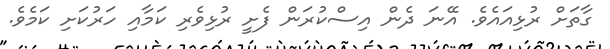
ގާތަށް ރުޅިއައެވެ. އޭނަ ދެން އިސްކުރަން ފެށީ ރުޅިވެރި ކަމާއި ހަރުކަށި ކަމެވެ.